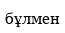
бұлмен